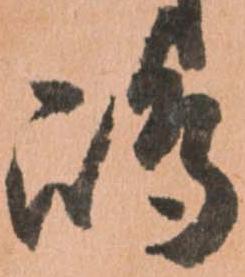
嶋